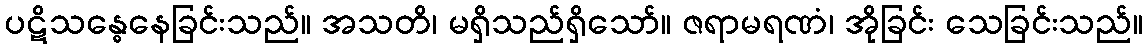
ပဋိသန္ဓေနေခြင်းသည်။ အသတိ၊ မရှိသည်ရှိသော်။ ဇရာမရဏံ၊ အိုခြင်း သေခြင်းသည်။